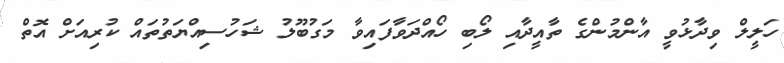
ހަލީލް ވިދާޅުވީ އާންމުންގެ ތާއީދާއި ލޯބި ހޯއްދަވާފައިވާ މަގުބޫލު ޝަހުސިއްޔަތުތައް ކުރިއަށް އޮތް